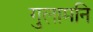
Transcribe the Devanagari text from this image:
गुलामनि